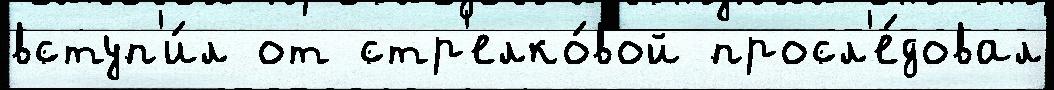
вступ'и́л от стр'елко́вой просл'е́довал